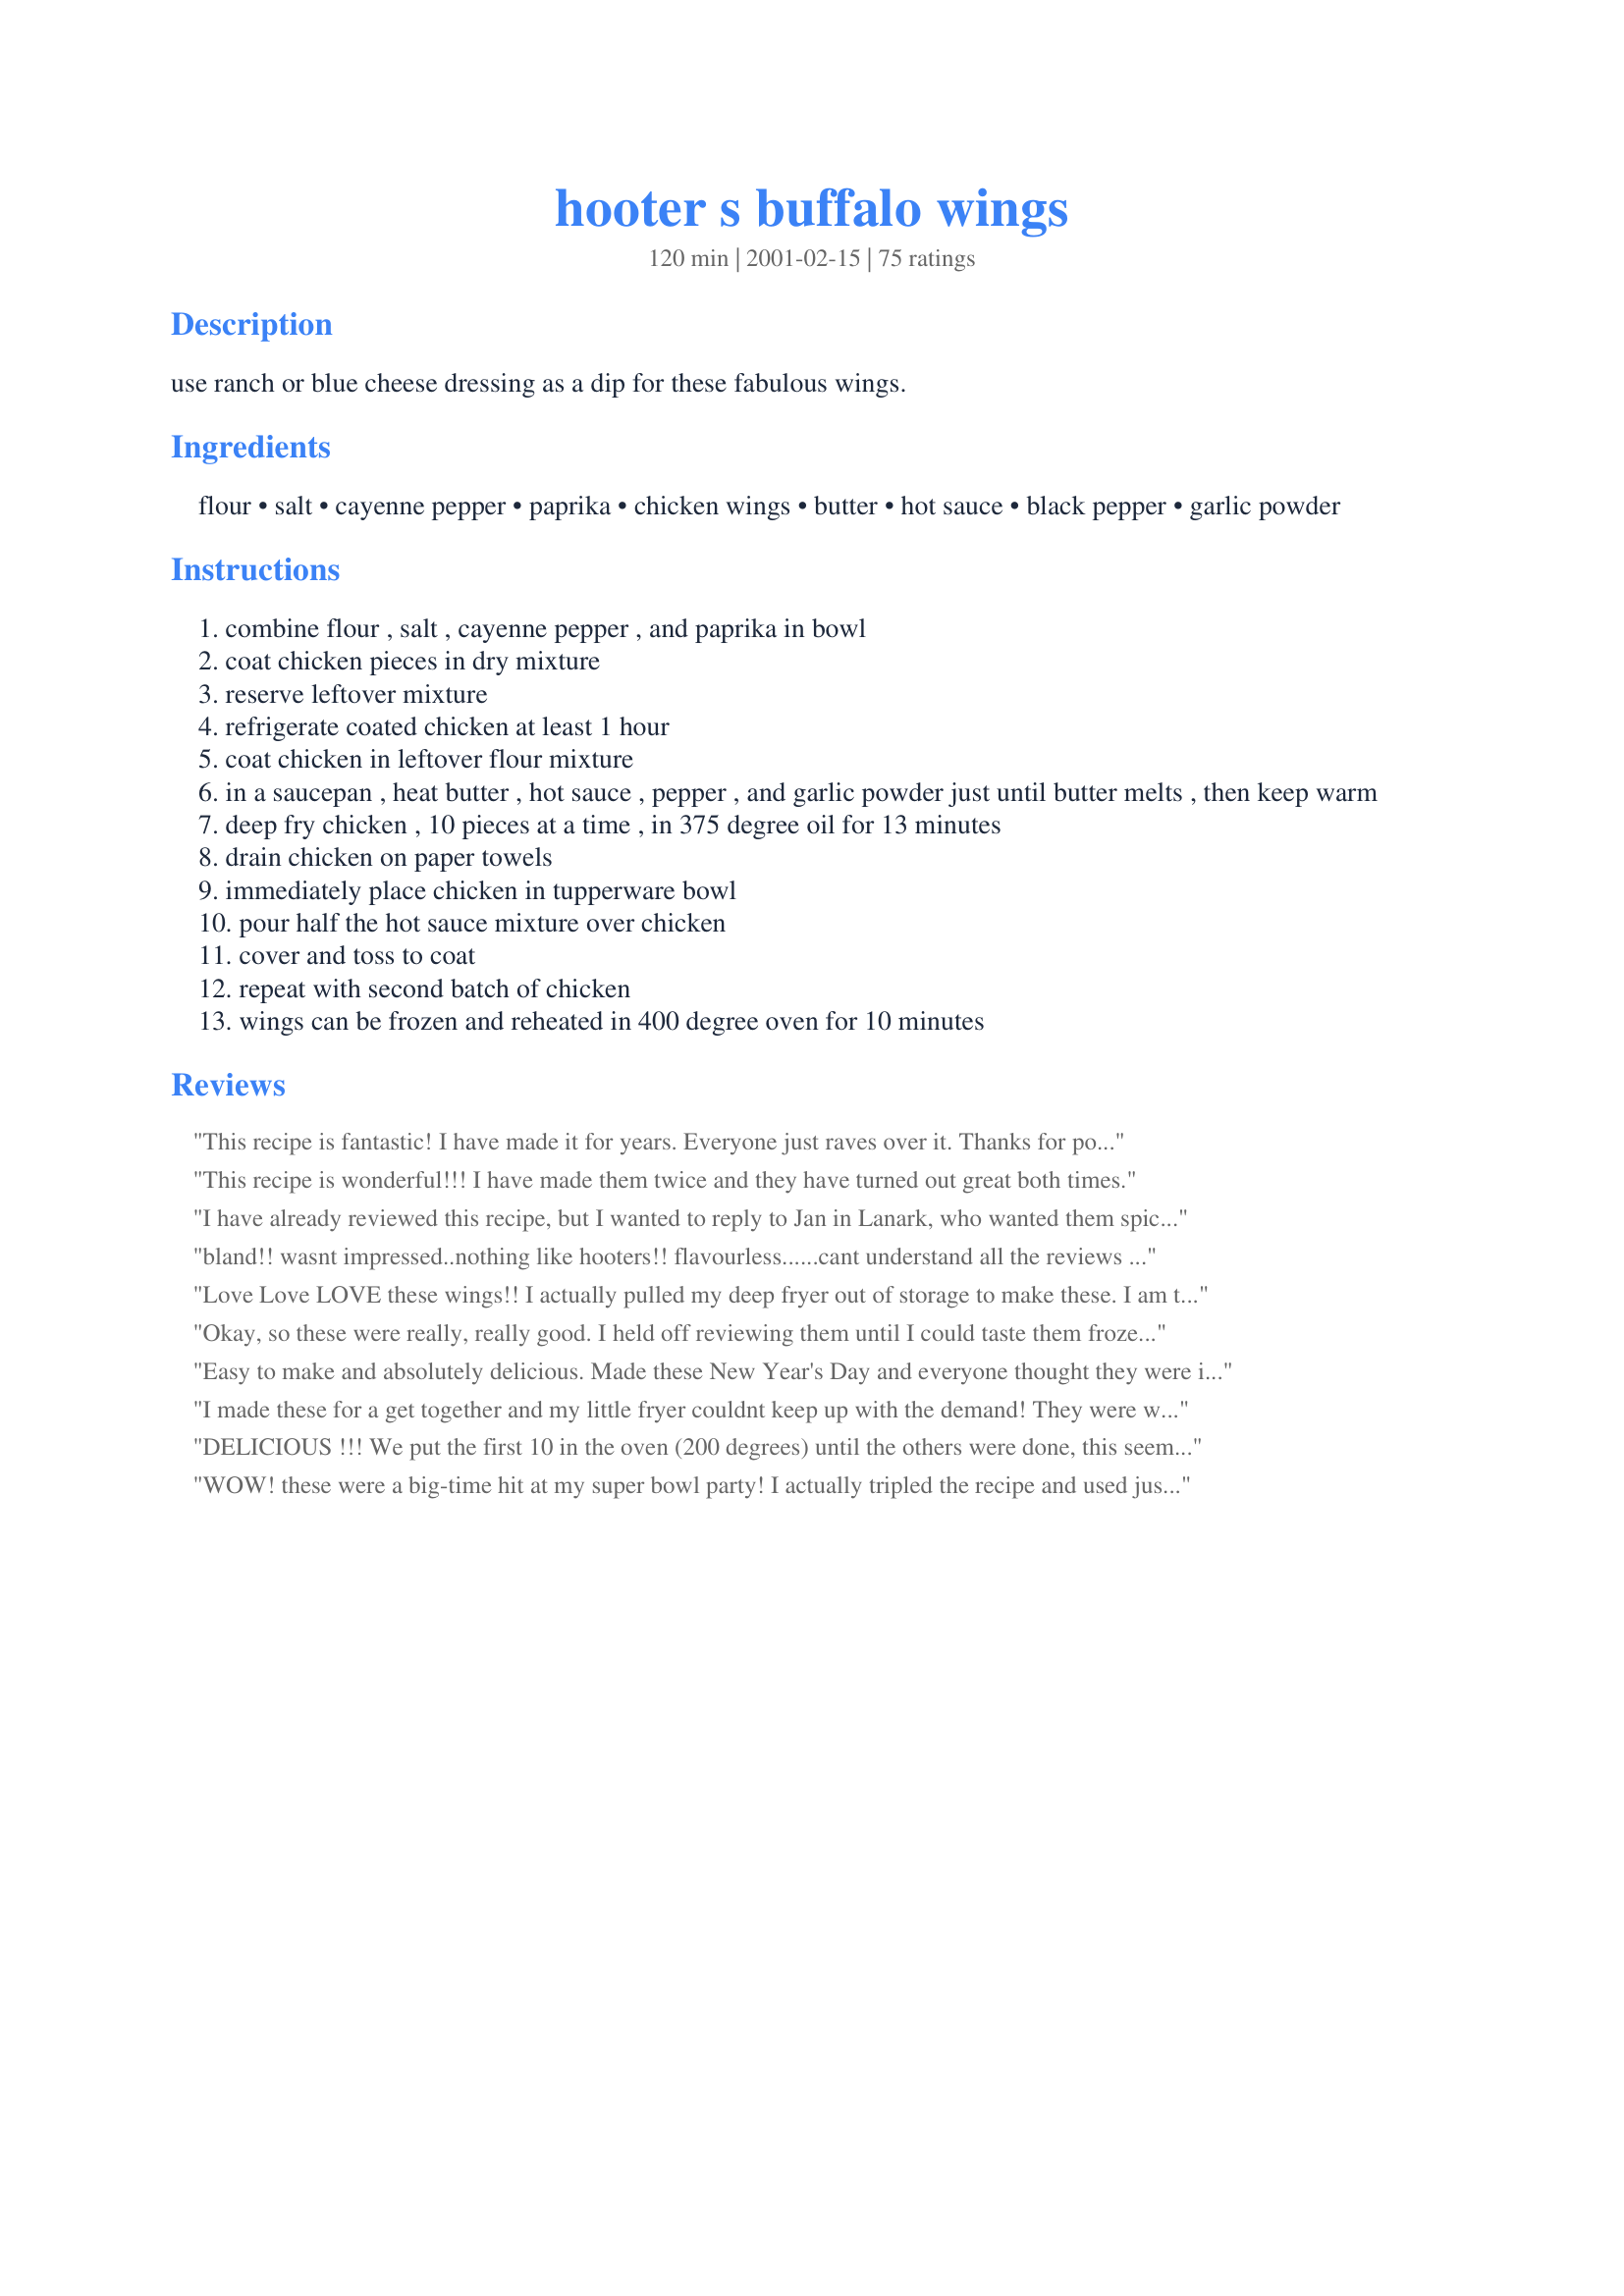
hooter s buffalo wings
Preparation time: 120 minutes

use ranch or blue cheese dressing as a dip for these fabulous wings.

Ingredients:
flour, salt, cayenne pepper, paprika, chicken wings, butter, hot sauce, black pepper, garlic powder

Steps:
combine flour , salt , cayenne pepper , and paprika in bowl
coat chicken pieces in dry mixture
reserve leftover mixture
refrigerate coated chicken at least 1 hour
coat chicken in leftover flour mixture
in a saucepan , heat butter , hot sauce , pepper , and garlic powder just until butter melts , then keep warm
deep fry chicken , 10 pieces at a time , in 375 degree oil for 13 minutes
drain chicken on paper towels
immediately place chicken in tupperware bowl
pour half the hot sauce mixture over chicken
cover and toss to coat
repeat with second batch of chicken
wings can be frozen and reheated in 400 degree oven for 10 minutes

Reviews:
This recipe is fantastic! I have made it for years. Everyone just raves over it. Thanks for posting this great recipe.
This recipe is wonderful!!! I have made them twice and they have turned out great both times.
I have already reviewed this recipe, but I wanted to reply to Jan in Lanark, who wanted them spicier. You can simmer the hot sauce and butter for an hour or several hours and the sauce will get spicier as it simmers.
bland!! wasnt impressed..nothing like hooters!! flavourless......cant understand all the reviews saying how great they are!??
Love Love LOVE these wings!! I actually pulled my deep fryer out of storage to make these. I am trying to eat healthier which means I can't make these every week, but I will make them as often as my waistband/cholesterol levels will allow!! Thanks CountryLady!!
Okay, so these were really, really good. I held off reviewing them until I could taste them frozen then reheated. Even reheated they were great! I always hated using so much oil for one day of wings. With this recipe I can make a large quantity and freeze the leftovers for whenever I want wings! I don't think I will make any other recipe again. THANKS! One more note: When reheating it takes about 15 minutes, not 10. And do not thaw before putting them in the oven.
Easy to make and absolutely delicious. Made these New Year's Day and everyone thought they were incredible. Not too spicey, just right! I am going to make more today.
I made these for a get together and my little fryer couldnt keep up with the demand! They were wonderful. I used mostly chicken tenders out of preference and they cooked pretty quickly. This recipe will be used many times. Thanks!
DELICIOUS !!! We put the first 10 in the oven (200 degrees) until the others were done, this seemed to get some of the &quot;excess&quot; oil out of them. Gonna try to make some different flavor sauces next time, as the coating mix recipe and cooking method worked perfect! Thanks for the great recipe that we will use again!
WOW! these were a big-time hit at my super bowl party! I actually tripled the recipe and used just under 60 wings, but kept the hot sauce to a much lower amount, and it was still very spicy, but delicious! there was not one wing left. I also took twinTwo's advice and added some cornstarch to thick up the sauce. This recipe is not for the faint-of-heart LOL! We really enjoyed this recipe CL, thank you for sharing!...Kitten:)
These were awesome. I made them for New Years and they were a hit! Very easy to make. I will make them again.
So good! Went looking for buffalo wings recipes as requested by my husband. He was a huge fan of this. I will try baking this next time as well. thanks for sharing this recipe!
I love this recipe. We wanted the full hooters effect so we asked the neighbors to come act as hooter girls. Only they didnt have hooters shorts. So they wore thongs. So now these wings can be called Thong wings. Both the wings and the girls were finger lickin good. yummmmmmm
These were sooo good!!!! I will be making this recipe whenever I'm going to be make wings for now on. I followed another reviewer's advice about baking these instead of frying. My husband said at least five times that they were so good while eating!
This is one of many chicken recipes I'm adapting to use with tofu instead. The sauce was very runny -- too much butter, I suspect, but otherwise this was a refreshing meal. Not often do vegetarians get to quench BBQ cravings with a good tofu recipe. Thanks for the inspiration, Robbie Rice.
Incredibly easy to make and wonderful flavor! I baked the wings according to Kay Pasa's suggestion and they turned out great. Thanks for sharing your recipe Robbie Rice! This is definitely a keeper.
Very good recipe. Tried it for a party and everyone was asking for more. Very easy.
my husband being a wing.....connoisseur I was anxious to try these!! Well they were a hit!! He loved them!! The only thing I changed was....instead of dipping them in the sauce....I drizzled it over it! So they weren't too hot or soggy ! Cant wait to try them again !!
These wings were great. I try to make different recipes for wings as my husband and I love hot wings and these are the best we've had so far. Thanks for the recipe.
These are really good. The whole family loves them. Thank You!
These were just fantastic for our Super Bowl party. I left the wings in the flour batter (and just put the bag and all in the fridge) Put all the cooked wings in a casserole dish, poured the sauce over them and baked them slowly. OMG!!! They were so good. I will have to make them for my boss who goes to Hooters once a week for wings... THESE ARE BETTER!!!!!
Fantastic! I had thicker wings and drummettes from the butcher so I could have used more flour mixture and sauce. Refrigerated the wings overnight before frying the next day; makes it easier for a crowd or to save time with prep. The taste is great, easy to prepare (for wings) and I received rave reviews from friends. Will make again soon!!
These were easy to make. 
The only thing I didn\'t like was that they were TOO HOT! I would certainly make them again, with a decreased amount of hot sauce. I also added 1tbs. of vinegar. DH said they were too vinegary. My son LOVES SPICEY FOOD, so I\'m hoping he will like these. 
Can you tell me how to lessen the hot taste after they are cooked? Joyce
Loved these. My youngest son cannot get enough hot and spicy food, so he now asks for these regularly. We don't have a Hooter's nearby, so I can't compare, but they are wonderful. I thought that buffalo wings would be hard to make, but they are so easy. Pefect with pizza, carrot and celery sticks and ranch dressing.
About Fab! I didnt know about sitting the wings in the fridge after adding flour. I learned something new!
These wings are the greatest! We had these for the Super Bowl Party and they disappeared! Good thing I doubled the recipe! Totally Awesome!!!!!!
very very yummy!
Oh My!!!! This recipe is amazing! Its exactly like hooters but better probably because I made it and didnt have to pay for it!....I used boneless chicken breasts cut into cubes...it was delicious! I will try this same recipe with shrimp!! TRY THIS YOU WONT REGRET IT!
I love making wings with this recipe. The wings taste great and they reheat well if you decide to take to work the next day. The only change I made is I added 1/4 tsp of white pepper to the flour mix. I think it gives the wings a little more of a robust taste.
These wings are a big hit in our house and at all our get togethers! Everyone asks for the recipe! Everytime someone goes out for wings we get a call to let us know that ours were better! Thanks for posting this one, it's a keeper in our house!!
These were wonderful. I may try them a little spicier next time. I used Franks, but would perhaps add a bit of another hot sauce as well as the Franks(I added 1 T. vinegar as well). Also, after I coated them in sauce I ran them under the broiler for a couple of minutes- love my wings crispy. It takes a great recipe for me to haul my deep fryer out and this was definitely worth it!
These wings were fantastic ! My husband never had buffalo wings before so the other night I made these...needless to say I will have to double the recipe the next time. The only change I made was that I baked them instead of frying. I've always done my wings this way...you can't tell the difference. Lightly spray Pam on a jellyroll pan, line up the wings and refrigerate...use the same pan to bake them at 400 degrees for 35-40 min. turning once after 20 min. or so.
Watching football and having a great time eating the Hooters wing recipe on your site. They were great and the guys absolutely loved them. Thank you.
We made these wings yesterday for the Superbowl & they were so amazing. I will definitely make them again. They did taste just like the Hooters wings.
First time making wings ....... and these were a HUGE hit! Great recipe, thank you.
I've been making these wings for about 2 years now and they are the best that I've ever had. The only thing I do different is to use a teaspoon of paprika and a teaspoon of cayenne pepper to kick them up a bit. The cooking time is right on and the taste is so yummy!!! Thanks Robbie
Great taste! Now I can save money by making these at home. Super easy and tastes just like takeout.
These are fantastic!! YUM YUM!!!
I bought a deep fryer just to make them (of course, I'll use it for other things now) and it was worth it! I am a buffalo wing "connoisseur", and these are some of the best I've ever had. 
I use drummets rather than wings so that there is more meat. I deep fried them for about 12 minutes. 
Great contribution! Thanks!!
Just perfect, but for someone like my husband you may need to add more garlic powder, cayenne and paprika, better than anywhere else and for less, lots less.
This is from Top Secret Restaurant Recipes by Todd Wilbur: topsecretrecipes.com (doubled)
Recipe was simple and easy to make. My family were the guinea pigs for a "tester" for an upcoming party and they were gone before I began to serve drinks!!!! Great recipe.

 My husband is a big fan of Hooter's wings, but they are so expensive. I tried this recipe last night and he said they were better than the real thing. This one's definately a keeper.
Very good recipe, I've tried other recipes but none as good as this one.
These are great, my hubbies favorite wings are from hooter's and well now his favorite are mine!! (mind you he is picky about his wings also).
These are tastey and easy! My husband and kids LOVE them - they disappear very fast! Definitely use the blue cheese dressing as a dip - very yummy. :)
I've made these several times now. They're a bit on the spicy side for me when hot (I'm a wimp!) but excellent the next day, cold, dipped in Ranch dressing. Chilling them seems to tame the heat a bit.
These wings rule! I followed the recipe exactly, and they turned out perfect. I didn't know Hooters had wings - I thought they only had breasts. I guess you learn something new every day.
Let me just say, that we have a Hooter's near by (3 if you want to get techinical!), and my hubby is crazy about the wings there. These were excellent and tasted almost identical to the ones at Hooters. I will be making these frequently, it is a lot more cost effective to make them at home then to go to the resteraunt!
AWESOME, AWESOME, AWESOME

thanks for the fantastic recipe. they're even better than Hooters!
You're right, these are nothing like Hooter's Wings - these are so much better!!!!! After refrigerating the wings for 4 hours, I followed the advice of one reviewer and baked the wings at 425 degrees for 1 hour, turning after 30 minutes. Who would have expected such crispy wings from the oven? I used Frank's Red Hot Buffalo Wing Sauce mixed with 1/2 cup "Butter Buds", the garlic powder and pepper for half the wings and just the Frank's Sauce for the other half. Either way, these wings are fantastic. Thank you for such a great recipe.
These aren't really like the Hooters wings at all, but they are delicious! My husband and nephew request them constantly. I've played around with the sauce and mixed 1/2 hot sauce and 1/2 "Footy's Wing Sauce"...They turned out even better.
Delicious wings! And I don&#039;t even like chicken wings all that much. Finding recipes to use up the mondo Costco 10 pound bag of wings my husband bought by mistake. This one I could have eaten up all by myself, I think. The breading adhered very well and got good and crisp without being overpowering to the meat, and it held the buffalo sauce well also. Not sure how this compares to the wings at Hooters, but tasty all the same. I&#039;ll make this one again. Thanks for sharing.
I used boneless chicken tenders to make these - cut them into chunks and fried as directed. Really good. We don't have a Hooters here, but nonetheless, these are excellent little bites.
Great wing recipe !! I've been asked over and over for it. I use boneless chicken and cut them in small portions to fry.
Hubby made these one night when I was feeling sick. He and the kids all agreed they were delicious wings. Thank you for a great recipe that I'm hoping to try myself real soon.....Stephanie
My husband usually does not like for me to try new recipes on espically on him! He had eaten wings somewhere and mentioned he wished we could do some at home(we, meaning Me)! I read through most of the wing recipes here and decided to try this one. I have done this recipe twice, first time the way the recipe read and the next he wanted more of a glaze, so I add cornstarch to thicken the hot sauce. They tasted great! We just added Tabasco sauce to turn up the heat a little! Thanks for a recipe I will continue to use from now on!
These were very nice. If we make them again, we'll make extra sauce for them. We like them extra hot and extra wet.
i fixed these wings last night and they were great the only change i made was instead of coating them in the hot sauce mixture i dropped them in the pan i was simmering the mixture in and left them there while fryng the rest of the wings then put those in for a few min.
Sorry, but I didn't really like these. I think it may be all the butter or something. I've never tasted them at Hooter's as we don't have it here so couldn't say if they were similar or not.
Awesome. I have made these wings 2 times and heavy requests have been made for me to make them again for a super bowl party. To complete the hot sauce mixture, I use half Tobasco brand hot sauce for heat and half Red Devil brand (Crystals or any Louisiana Hot Sauce). The Red Devil is milder and adds a different "twang" to the wings. Me and my friends want to thank you for sharing the recipe.
Robbie these are great. Love all your copy cat recipes. We make our own at home now. thanks
I've never had Hooter's wings but my husband has, and he said these are very close. We like ours a litte hotter, so I'm going to play around with the heat level a little bit. Besides that, very good!
I was having company last night and looking for something a little differant for an appy. This was it, I was a little nervous as I've never made them before but the directions were clear and I followed exactly and they turned out perfect. After flouring I put in the fridge over night then took them out, fried as directed and placed in a pan in a warm oven until everyone arrived. Added some grilled sausages, fresh carrots and celery with both blue cheese and ranch dressing on the side. Added beer and a bottle of red wine and it was the perfect evening. I'll be making these a lot at DH's request. Loved the flavor, just right. Thanks Robbie for posting.
These wings are worthy of 10 stars! I don't have a deep-fryer, so I baked as recommended from other reviews. Used parchment paper, which made them nice & crispy. Served with recipe #55514. Thanks for a terrific recipe, Robbie!!
MMMMM!!! This was my first shot at making wings and I for sure will be making these again. I also baked mine instead of frying them but I actually baked mine for about an hour - 40 minutes was not long enough. Next time I would only use about 1/2 cup flour mix as there was quite a bit left over. And you're right, these are delicious with ranch dip! Thanks so much for sharing!!!
Edit: I made these a few more times since, and they always get rave reviews from everyone who tries them. I've found that the amount of sauce is still enough even when reducing the amount of butter to 1/4 cup
OMG!!!! I already reviewed this using chicken tenders, but tonight I used the wings. Let me tell you..this recipe is to die for. We love wings and if you could have seen the happy look on my hubby's face as he was eating these things you would have been so proud. Thank you CountryLady. (Don't tell him, but I used Parkay Light instead of butter)
As good if not better than Hooters!
Indeed 5 stars! As my husband and 2 grown up kids loved it even without the dip! It remained crunchy even after an hour after cooking it! It's best eaten immediately after frying though. Thanks Robbie!
I love this recipe!!I tried it when we had a party and all of my friends liked it...and they wanted for more.
Great! Easy!
I've never made hot wings before, but these were really easy! I love spicy and so does my family, so these worked out for everyone. I didn't have cayenne pepper, but did have chili powder, so it was spicy enough! :) Thanks for this recipe!
Great recipe, I can't quite put my finger on it but it's missing something. Overall, it's a great wing recipe!
This recipe replaces Recipe #3603 as THE recipe for buffalo wings
These were perfect! Will make these again and again.
It was nothing like hooter's wings.
